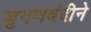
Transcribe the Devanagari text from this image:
जुगलबंदीने